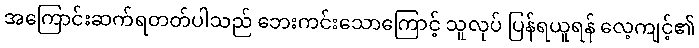
အကြောင်းဆက်ရတတ်ပါသည် ဘေးကင်းသောကြောင့် သူလုပ် ပြန်ရယူရန် လေ့ကျင့်၏